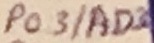
Text: P0.3/AD3